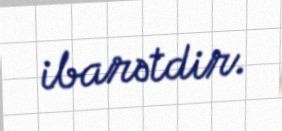
ibarətdir.